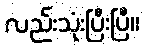
လည်းသုံးပြီးပြီ။